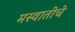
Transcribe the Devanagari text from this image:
मस्वातींचे